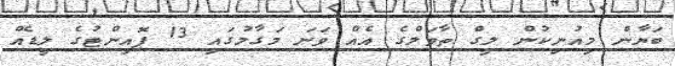
ބަޔާން މިއުނިކުން ލީގް ތާވަލްގެ އެއް ވަނަ މަގާމުގައި 13 ޕޮއިންޓުގެ ލީޑެއް